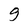
Character: g